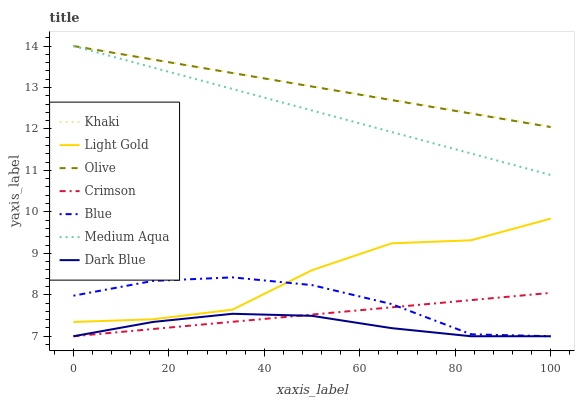
| xaxis_label | Khaki | Light Gold | Olive | Crimson | Blue | Medium Aqua | Dark Blue |
 | --- | --- | --- | --- | --- | --- | --- | --- |
 | 0 | 14 | 7.34 | 14 | 7 | 7.98 | 14 | 7 |
 | 16.7 | 13.7 | 7.41 | 13.7 | 7.17 | 8.33 | 13.5 | 7.34 |
 | 33.3 | 13.4 | 7.64 | 13.3 | 7.35 | 8.42 | 13 | 7.54 |
 | 50 | 13 | 8.59 | 13 | 7.52 | 8.23 | 12.4 | 7.49 |
 | 66.7 | 12.7 | 9.24 | 12.7 | 7.7 | 7.78 | 11.9 | 7.2 |
 | 83.3 | 12.4 | 9.31 | 12.4 | 7.87 | 7.05 | 11.4 | 7 |
 | 100 | 12.1 | 9.84 | 12 | 8.05 | 7 | 10.9 | 7 |